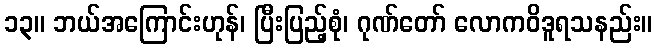
၁၃။ ဘယ်အကြောင်းဟုန်၊ ပြီးပြည့်စုံ၊ ဂုဏ်တော် လောကဝိဒူရသနည်း။